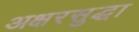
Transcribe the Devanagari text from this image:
अक्षरसुद्धा